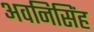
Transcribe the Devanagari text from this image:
अवनिसिंह